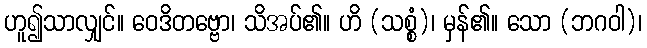
ဟူ၍သာလျှင်။ ဝေဒိတဗ္ဗော၊ သိအပ်၏။ ဟိ (သစ္စံ)၊ မှန်၏။ သော (ဘဂဝါ)၊